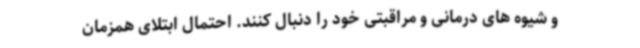
و شیوه های درمانی و مراقبتی خود را دنبال کنند. احتمال ابتلای همزمان